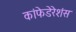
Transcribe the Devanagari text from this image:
कांफेडेरेशंस